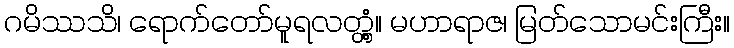
ဂမိဿသိ၊ ရောက်တော်မူရလတ္တံ့။ မဟာရာဇ၊ မြတ်သောမင်းကြီး။